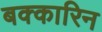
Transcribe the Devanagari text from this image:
बक्कारिन